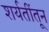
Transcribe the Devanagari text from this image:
शर्यतींतून